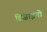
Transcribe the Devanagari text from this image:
डिज़ाइनो